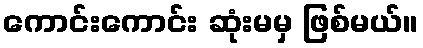
ကောင်းကောင်း ဆုံးမမှ ဖြစ်မယ်။